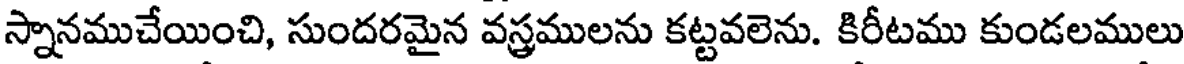
స్నానముచేయించి, సుందరమైన వస్త్రములను కట్టవలెను. కిరీటము కుండలములు